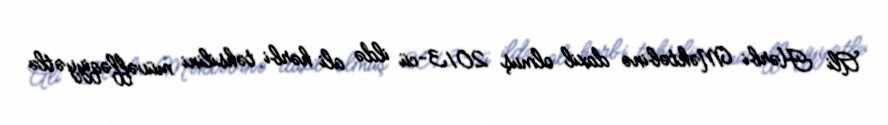
Ali Hərbi Məktəbinə daxil olmuş 2013-cü ildə ali hərbi təhsilini müvəffəqiyyətlə